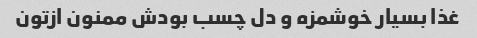
غذا بسیار خوشمزه و دل چسب بودش ممنون ازتون